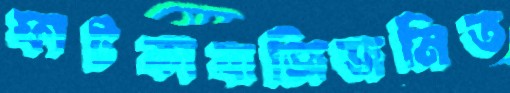
ফাটকাবাজিজনিত